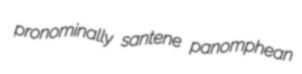
pronominally santene panomphean